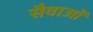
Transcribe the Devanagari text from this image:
सैवाओं